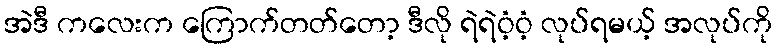
အဲဒီ ကလေးက ကြောက်တတ်တော့ ဒီလို ရဲရဲဝံ့ဝံ့ လုပ်ရမယ့် အလုပ်ကို